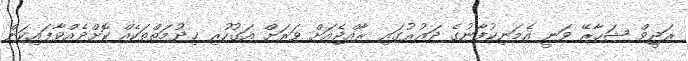
ރަޖީވް ޝަހާރޭ ވަނީ އެމަނިކުފާނުގެ ދައުރުގައި ރާއްޖެއަށް ވަރަށް އަގުހުރި ޚިދުމަތްތަކެއް ކޮށްދެއްވާފައިކަން